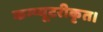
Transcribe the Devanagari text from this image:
कम्प्यूटरीकृत।